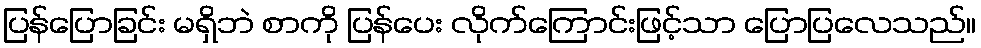
ပြန်ပြောခြင်း မရှိဘဲ စာကို ပြန်ပေး လိုက်ကြောင်းဖြင့်သာ ပြောပြလေသည်။